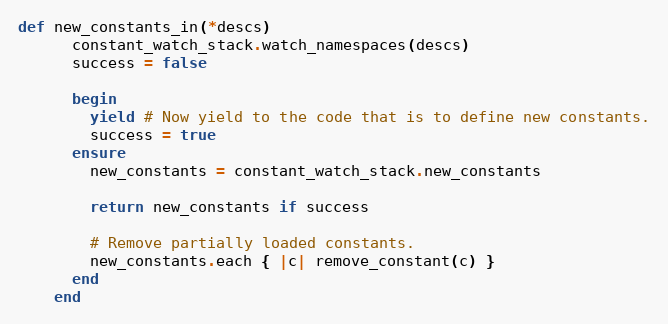
Language: Ruby
def new_constants_in(*descs)
      constant_watch_stack.watch_namespaces(descs)
      success = false

      begin
        yield # Now yield to the code that is to define new constants.
        success = true
      ensure
        new_constants = constant_watch_stack.new_constants

        return new_constants if success

        # Remove partially loaded constants.
        new_constants.each { |c| remove_constant(c) }
      end
    end